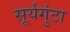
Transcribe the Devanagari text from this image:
सूर्यगुंटा